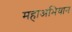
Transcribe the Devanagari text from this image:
महाअभियान